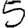
Digit: 5